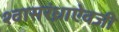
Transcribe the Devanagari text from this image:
श्वासरंध्राऐवजी